画像に写った文字を読んでください
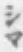
「シマ」と書いてあります